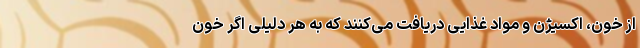
از خون، اکسیژن و مواد غذایی دریافت می‌کنند که به هر دلیلی اگر خون